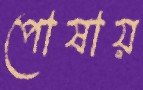
পোষায়